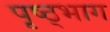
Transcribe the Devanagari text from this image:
पृष्ठ्भाग